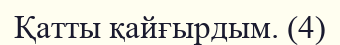
Қатты қайғырдым. (4)